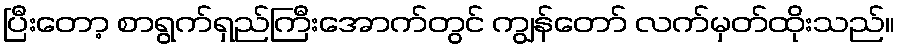
ပြီးတော့ စာရွက်ရှည်ကြီးအောက်တွင် ကျွန်တော် လက်မှတ်ထိုးသည်။